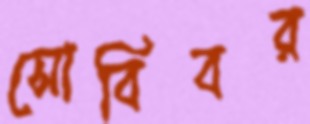
সোবিবর